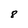
Character: 8